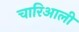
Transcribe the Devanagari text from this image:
चारिआली